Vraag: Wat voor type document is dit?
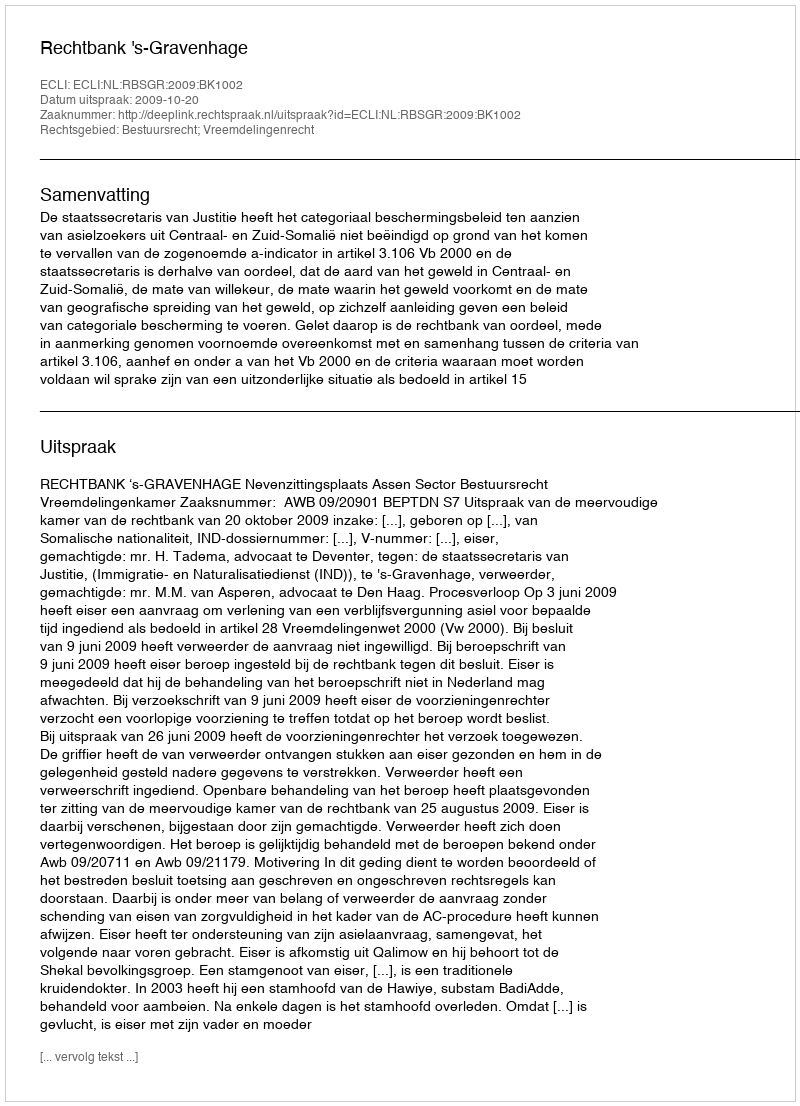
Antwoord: Uitspraak